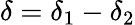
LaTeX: \delta=\delta_{1}-\delta_{2}